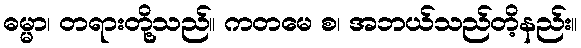
ဓမ္မာ၊ တရားတို့သည်။ ကတမေ စ၊ အဘယ်သည်တိ့နည်း။